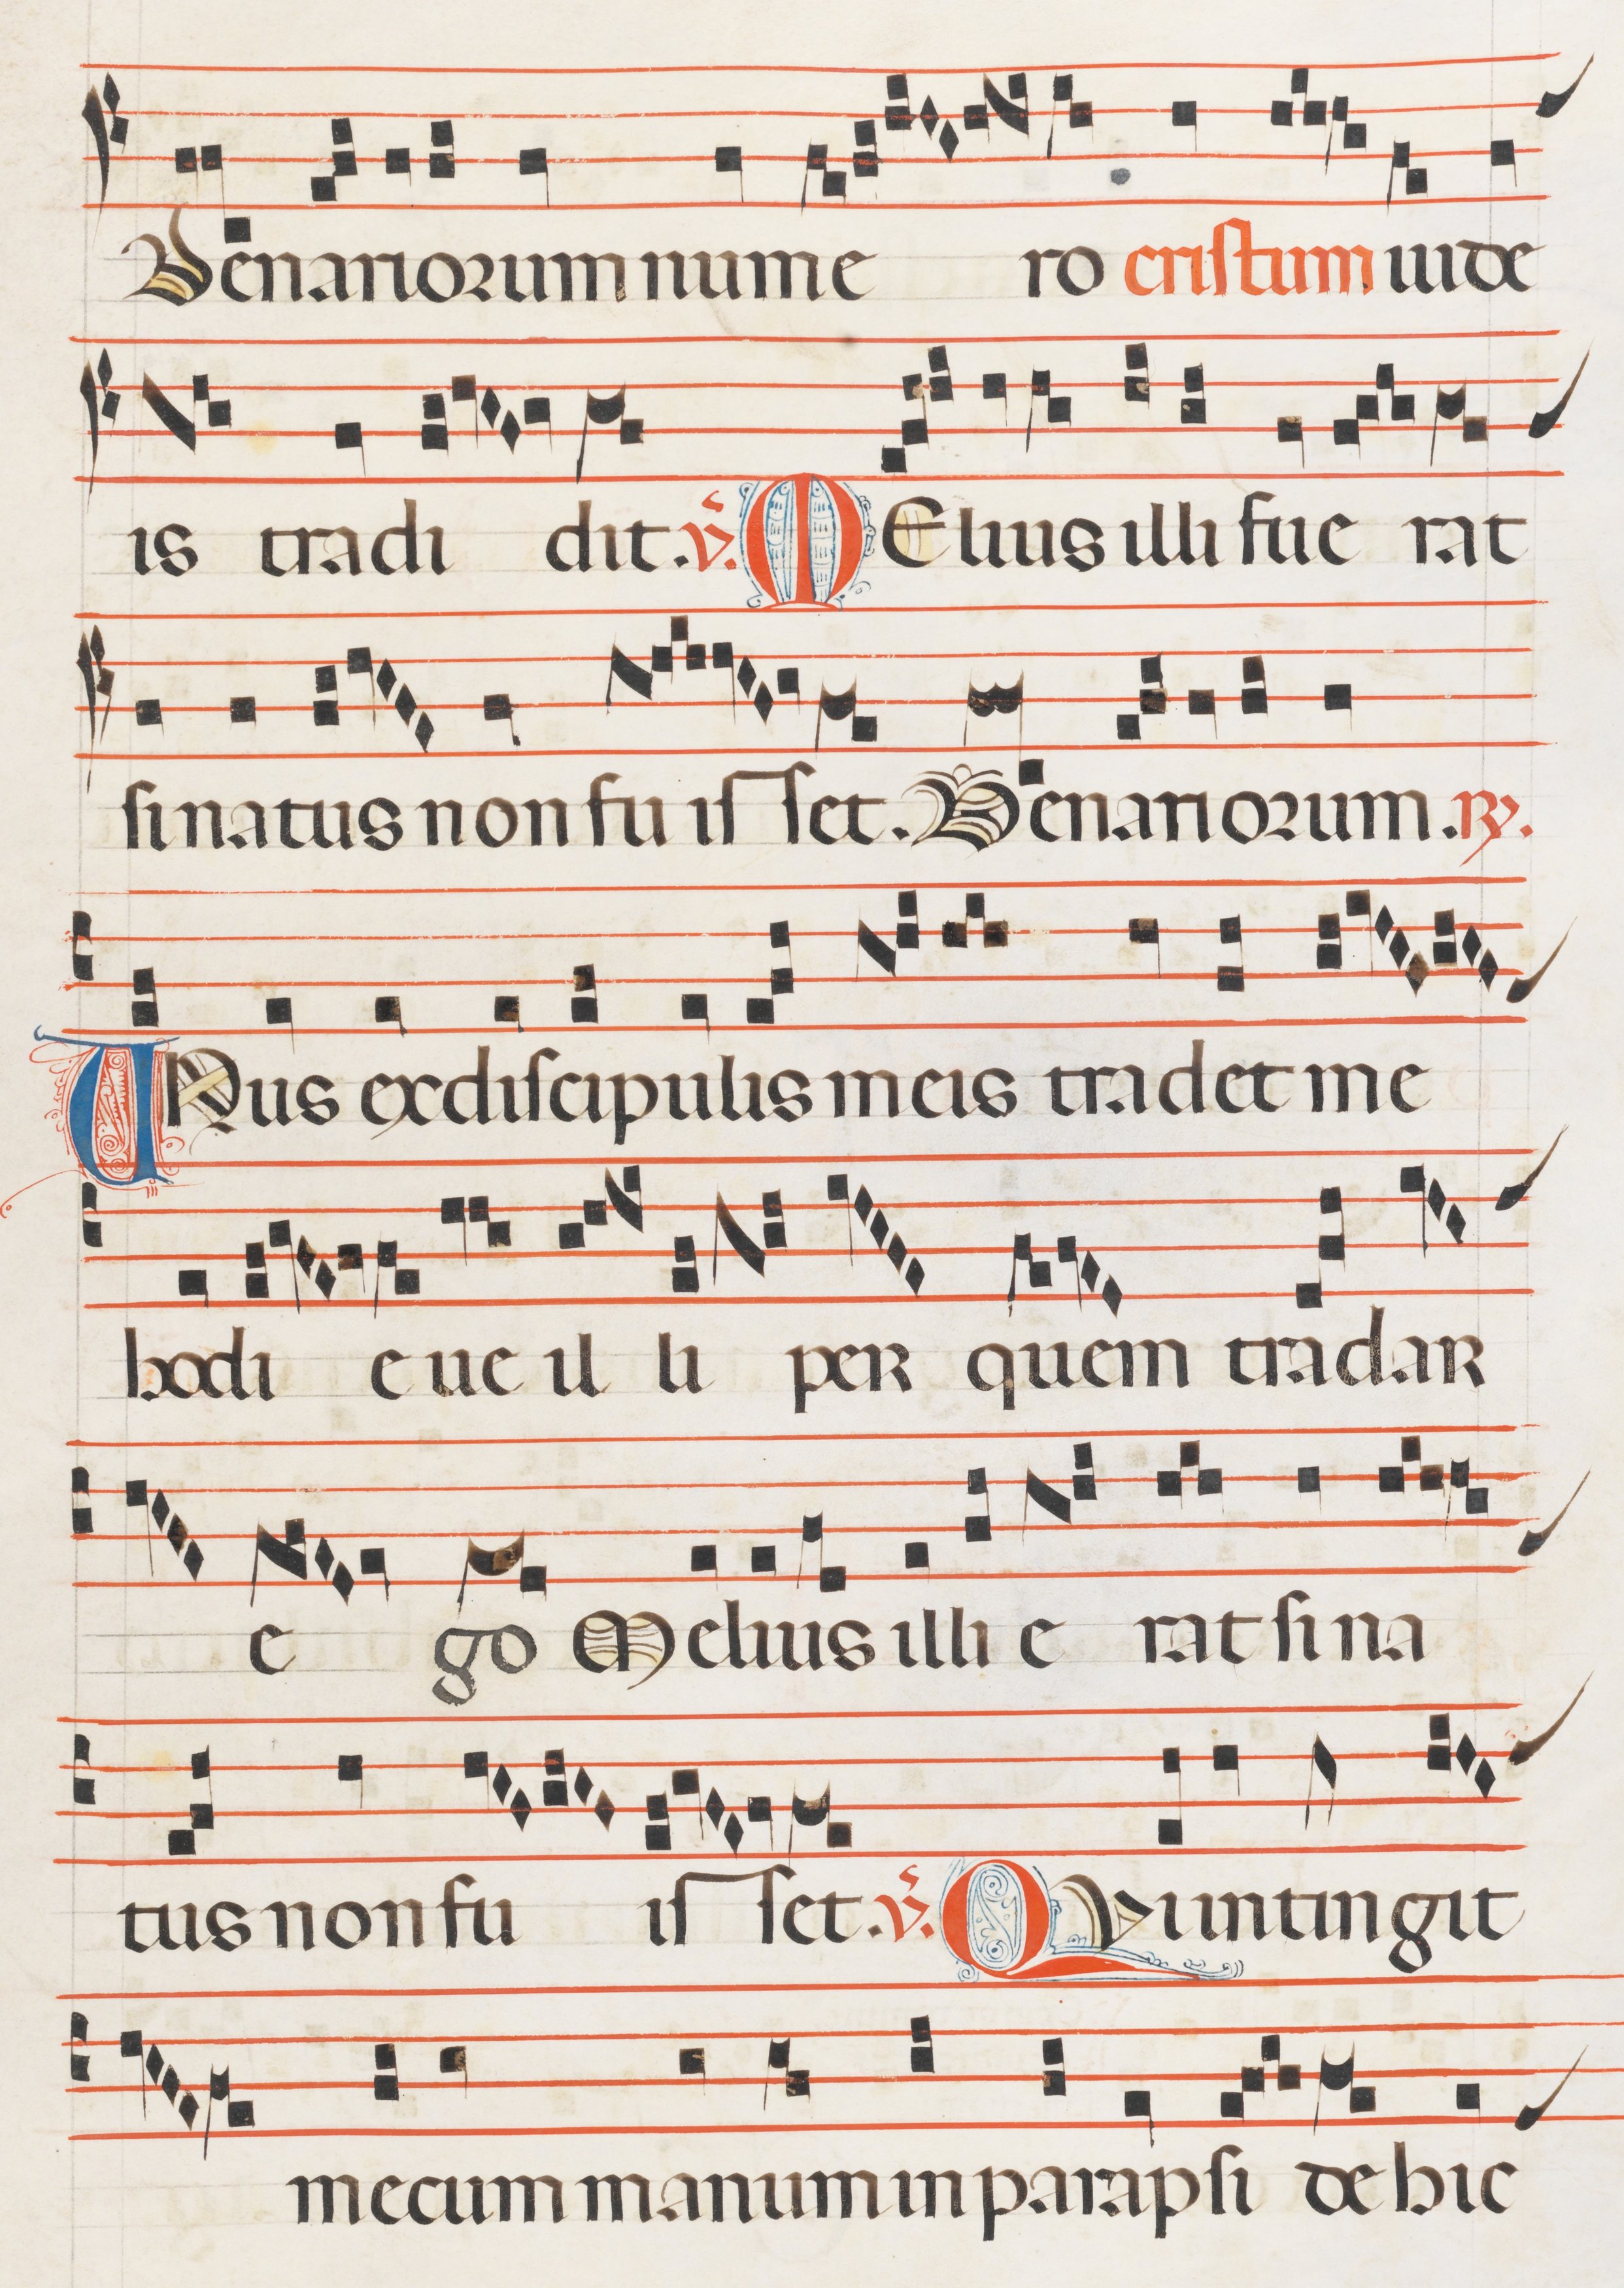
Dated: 1300–1330